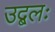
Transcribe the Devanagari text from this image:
उद्बलः